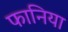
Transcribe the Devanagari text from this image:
फानिया